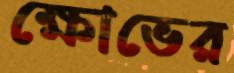
ক্ষোভের